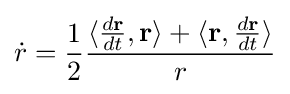
{\dot {r}}={\frac {1}{2}}{\frac {\langle {\frac {d\mathbf {r} }{dt}},\mathbf {r} \rangle +\langle \mathbf {r} ,{\frac {d\mathbf {r} }{dt}}\rangle }{r}}